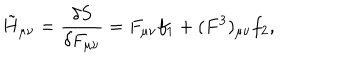
LaTeX: \tilde { H } _ { \mu \nu } = { \frac { \delta S } { \delta F _ { \mu \nu } } } = F _ { \mu \nu } f _ { 1 } + ( F ^ { 3 } ) _ { \mu \nu } f _ { 2 } ,